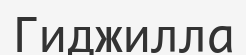
Гиджилла